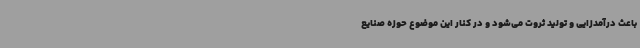
باعث درآمدزایی و تولید ثروت می‌شود و در کنار این موضوع حوزه صنایع